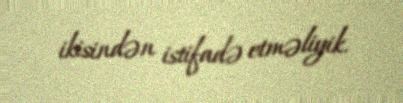
ikisindən istifadə etməliyik.